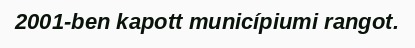
2001-ben kapott municípiumi rangot.